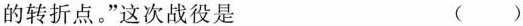
的转折点。”这次战役是 ( )